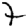
Digit: 7